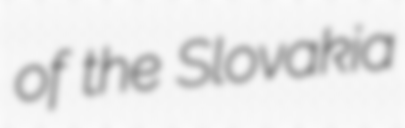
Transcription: of the Slovakia